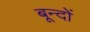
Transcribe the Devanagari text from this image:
बून्दों